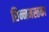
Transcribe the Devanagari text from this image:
छिन्नमस्तका